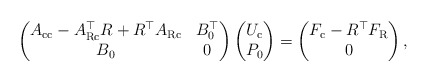
\begin{align*} \begin{pmatrix} A_{\mathrm{c}\mathrm{c}} - A_{\mathrm{R}\mathrm{c}}^{\top} R + R^{\top} A_{\mathrm{R}\mathrm{c}} & B_0^{\top} \\ B_0 & 0 \\ \end{pmatrix} \begin{pmatrix} U_\mathrm{c}\\ P_0 \end{pmatrix} = \begin{pmatrix} F_\mathrm{c} - R^\top F_\mathrm{R}\\ 0 \end{pmatrix},\end{align*}